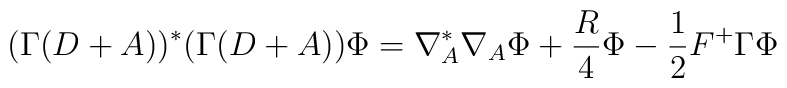
(\Gamma (D+A))^*(\Gamma (D+A))\Phi=\nabla_A^*\nabla_A\Phi+\frac{R}{4}\Phi-\frac{1}{2}F^+ \Gamma \Phi